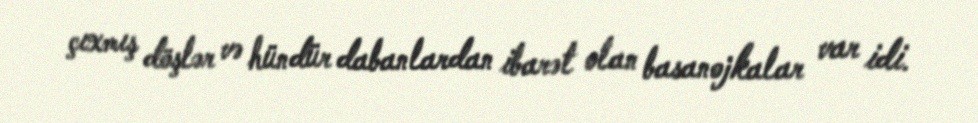
çıxmış döşlər və hündür dabanlardan ibarət olan basanojkalar var idi.